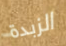
الزبدة